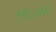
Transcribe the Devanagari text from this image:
११८८७३८